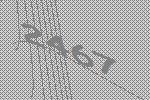
2467